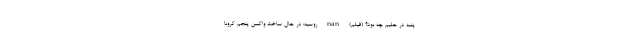
پنبه در حلیم چه بود؟ (فیلم) nan روسیه: در حال ساخت واکسن پنجم کرونا